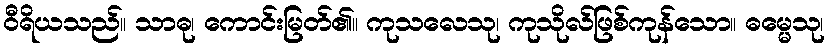
ဝီရိယသည်။ သာဓု၊ ကောင်းမြတ်၏။ ကုသလေသု၊ ကုသိုလ်ဖြစ်ကုန်သော။ ဓမ္မေသု၊